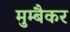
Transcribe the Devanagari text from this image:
मुम्बैकर